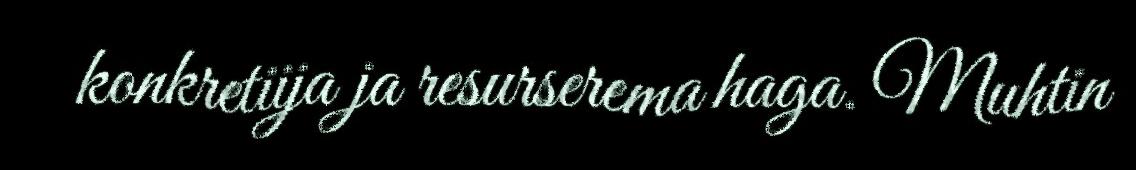
konkretiija ja resurserema haga. Muhtin